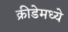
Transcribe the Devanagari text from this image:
क्रीडेमध्ये